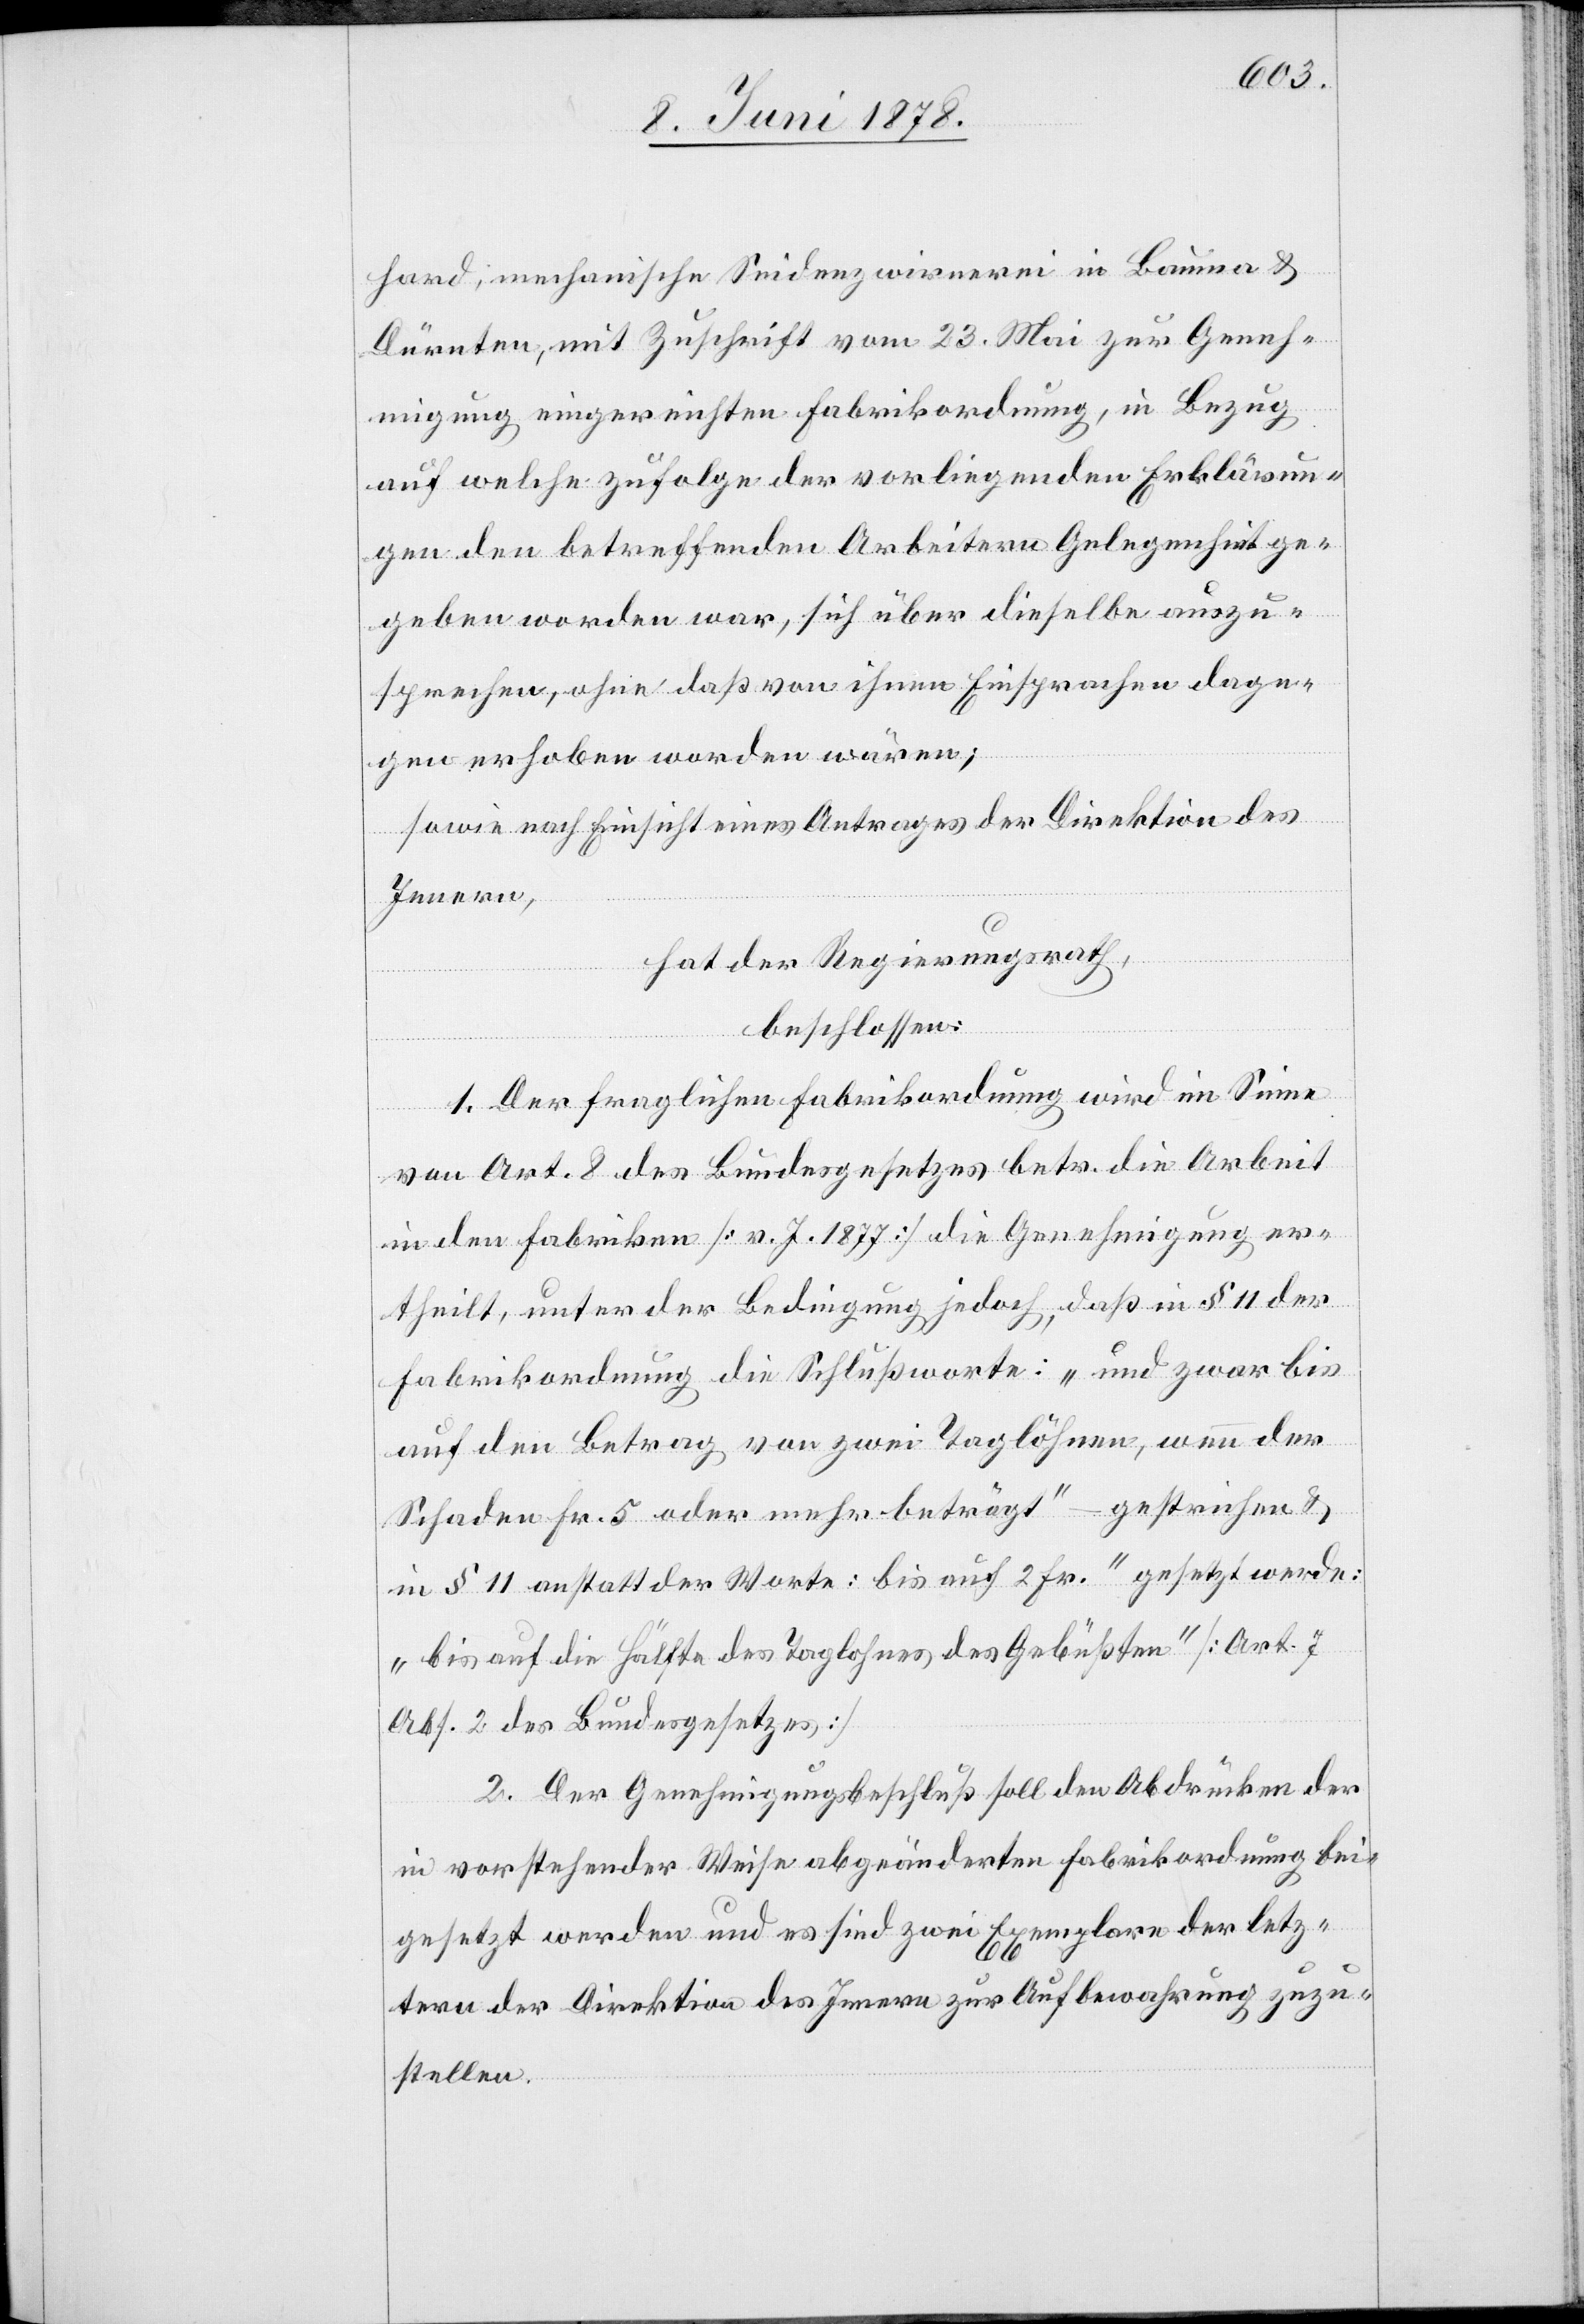
hard; mechanische Seidenzwirnerei in Bauma &
Dürnten, mit Zuschrift vom 23. Mai zur Geneh¬
migung eingereichten Fabrikordnung, in Bezug
auf welche zufolge der vorliegenden Erklärun¬
gen den betreffenden Arbeitern Gelegenheit ge¬
geben worden war, sich über dieselbe auszu¬
sprechen, ohne daß von ihnen Einsprachen dage¬
gen erhoben worden wären;
sowie nach Einsicht eines Antrages der Direktion des
Innern,
hat der Regierungsrath,
beschlossen:
1. Der fraglichen Fabrikordnung wird im Sinne
von Art. 8 des Bundesgesetzes betr. die Arbeit
in den Fabriken [v. J. 1877] die Genehmigung er¬
theilt, unter der Bedingung jedoch, daß in § 11 der
Fabrikordnung die Schlussworte: „und zwar bis
auf den Betrag von zwei Taglöhnen, wenn der
Schaden Fr. 5 oder mehr beträgt“ – gestrichen &
in § 11 anstatt der Worte: [“] bis auf 2 Fr.“ gesetzt werde:
„bis auf die Hälfte des Taglohnes des Gebüßten“ [Art. 7
Abs. 2 des Bundesgesetzes]
2. Der Genehmigungsbeschluß soll den Abdrücken der
in vorstehender Weise abgeänderten Fabrikordnung bei¬
gesetzt werden und es sind zwei Exemplare der letz¬
tern der Direktion des Innern zur Aufbewahrung zuzu¬
stellen.